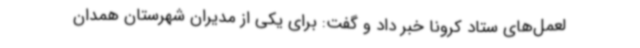
لعمل‌های ستاد کرونا خبر داد و گفت: برای یکی از مدیران شهرستان همدان